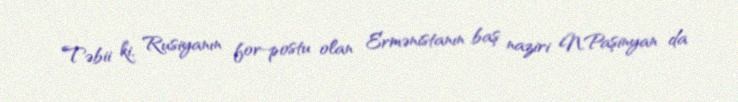
Təbii ki, Rusiyanın for-postu olan Ermənistanın baş naziri N.Paşinyan da